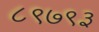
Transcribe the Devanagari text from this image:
८९७९३